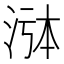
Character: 𬇸